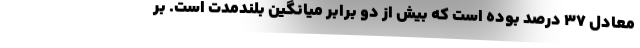
معادل ۳۷ درصد بوده است که بیش از دو برابر میانگین بلندمدت است. بر